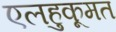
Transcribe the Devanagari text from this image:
एलहुकूमत